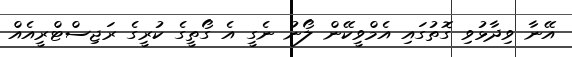
އޭނާ ވިދާޅުވި ގޮތުގައި އެމްވީކޭން ލޯނު ނެގީ އެ ގޯތީގެ ކުރީގެ ރަޖިސްޓްރީއެއް